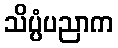
သိပ္ပံပညာက